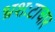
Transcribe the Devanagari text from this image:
भ्रशःटाचार